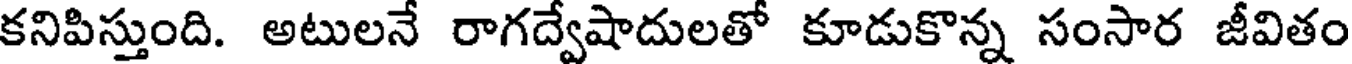
కనిపిస్తుంది. అటులనే రాగద్వేషాదులతో కూడుకొన్న సంసార జీవితం